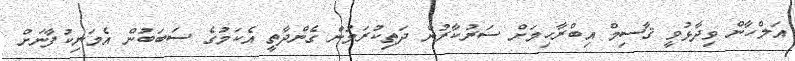
އަލްހާން ވިދާޅުވީ ޤާސިމް އިބްރާހިމަށް ސަރުކާރުން ދަތިކުރަމުން ގެންދާތީ އެކަމުގެ ސަބަބުން އެމަނިކުފާނަށް